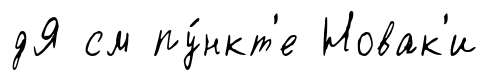
дЯ см пу́нкт'е Новак'и